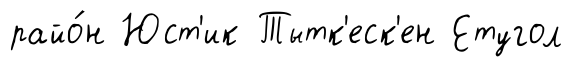
райо́н Юст'ик Тытк'еск'ен Етугол